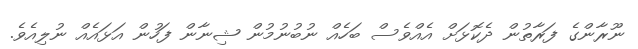
ނޫރާންގެ ފަރާތުން ދެކޮޅަށް އެއްވެސް ބަހެއް ނުބުނުމުން ޝިނާން ފަހުން އަޅައެއް ނުލިއެވެ.